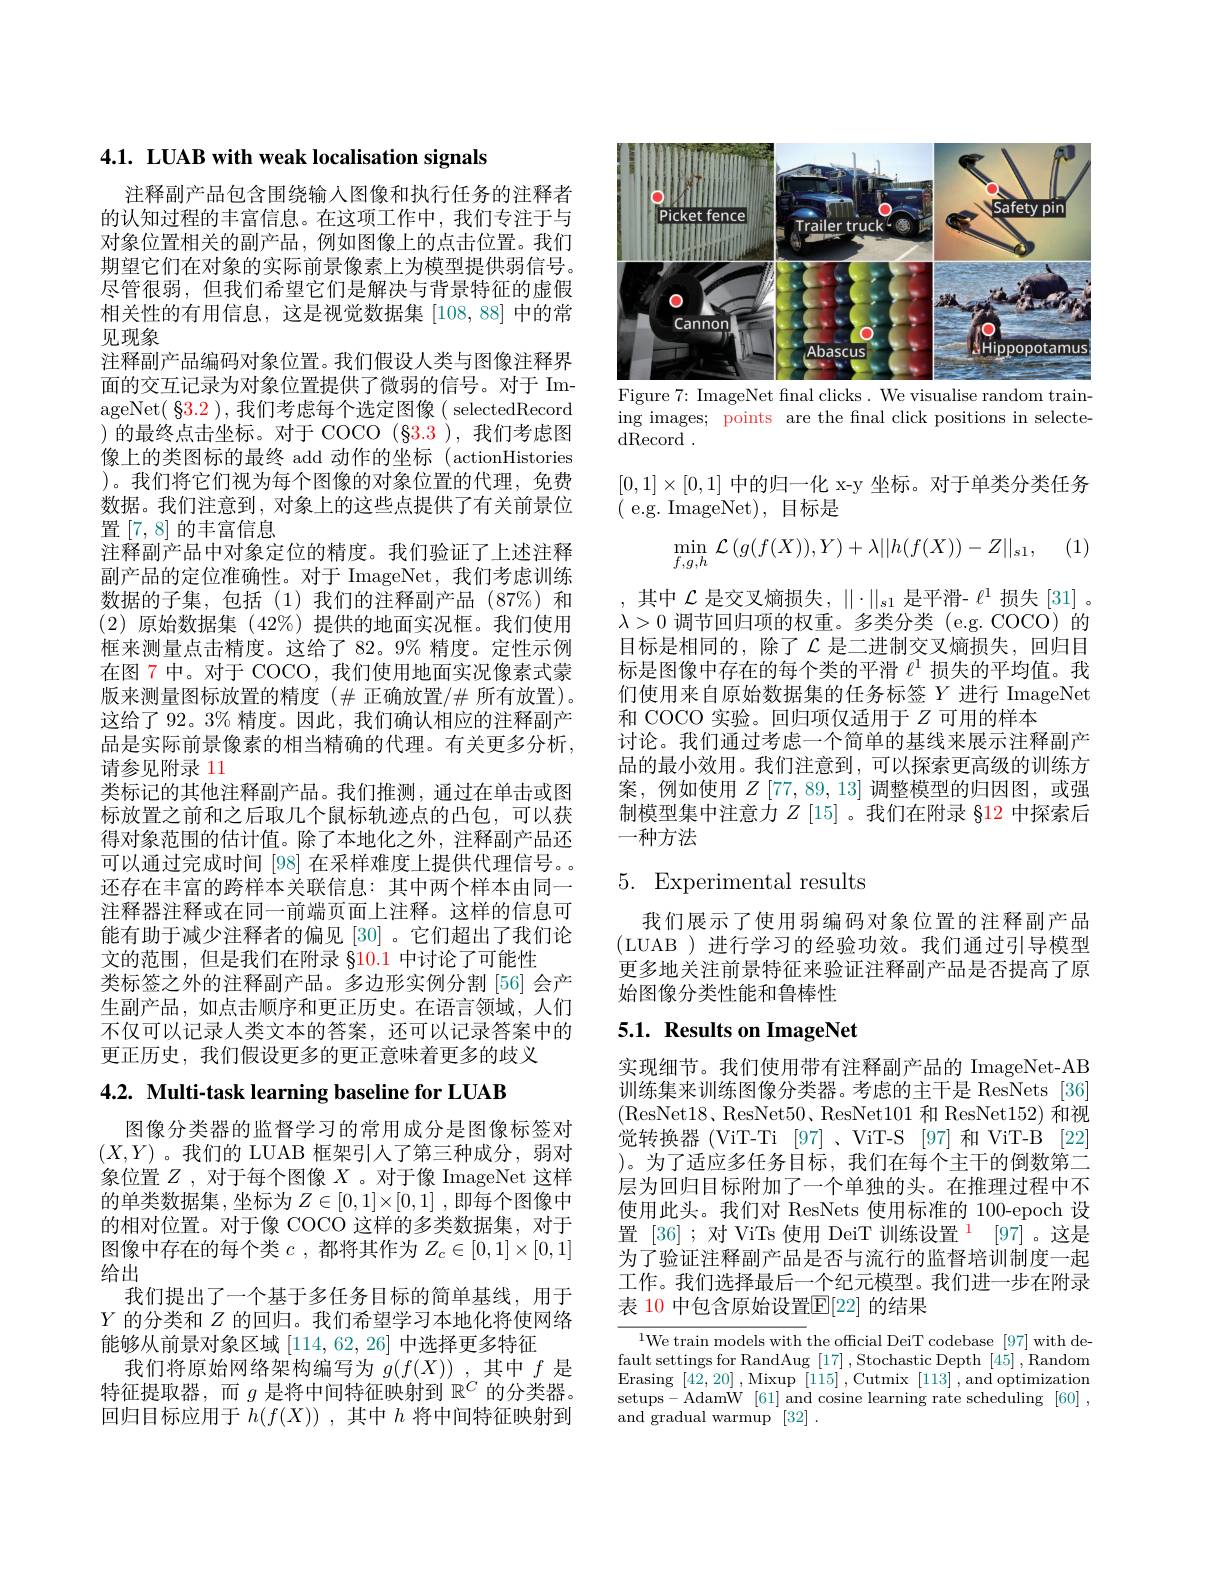
4.1. LUAB with weak localisation signals

注释副产品包含围绕输入图像和执行任务的注释者的认知过程的丰富信息。在这项工作中，我们专注于与对象位置相关的副产品，例如图像上的点击位置。我们期望它们在对象的实际前景像素上为模型提供弱信号。尽管很弱，但我们希望它们是解决与背景特征的虚假相关性的有用信息，这是视觉数据集[108,88]中的常见现象
注释副产品编码对象位置。我们假设人类与图像注释界面的交互记录为对象位置提供了微弱的信号。对于 ImageNet( $\$3.2)$,我们考虑每个选定图像( selectedRecord )的最终点击坐标。对于 COCO $(\S3.3)$,我们考虑图像上的类图标的最终 add 动作的坐标 (actionHistories )。我们将它们视为每个图像的对象位置的代理，免费数据。我们注意到，对象上的这些点提供了有关前景位置[7,8]的丰富信息
注释副产品中对象定位的精度。我们验证了上述注释副产品的定位准确性。对于 ImageNet,我们考虑训练数据的子集，包括(1)我们的注释副产品(87%)和(2)原始数据集 (42%)提供的地面实况框。我们使用框来测量点击精度。这给了 82。9% 精度。定性示例在图 7 中。对于 COCO, 我们使用地面实况像素式蒙版来测量图标放置的精度($\# 正确放置/\# 所有放置)$。这给了 92。3% 精度。因此，我们确认相应的注释副产品是实际前景像素的相当精确的代理。有关更多分析， 请参见附录 11
类标记的其他注释副产品。我们推测，通过在单击或图标放置之前和之后取几个鼠标轨迹点的凸包，可以获得对象范围的估计值。除了本地化之外，注释副产品还可以通过完成时间 [98] 在采样难度上提供代理信号。还存在丰富的跨样本关联信息：其中两个样本由同一注释器注释或在同一前端页面上注释。这样的信息可能有助于减少注释者的偏见[30]。它们超出了我们论文的范围，但是我们在附录$\S10.1$中讨论了可能性
类标签之外的注释副产品。多边形实例分割[56]会产生副产品，如点击顺序和更正历史。在语言领域，人们不仅可以记录人类文本的答案，还可以记录答案中的更正历史，我们假设更多的更正意味着更多的歧义

4.2. Multi-task learning baseline for LUAB

图像分类器的监督学习的常用成分是图像标签对$(X,Y)$ 。我们的 LUAB 框架引人了第三种成分，弱对象位置$Z$ , 对于每个图像$X$ 。对于像 ImageNet 这样的单类数据集，坐标为$Z\in[0,1]\times[0,1]$ ,即每个图像中的相对位置。对于像 COCO 这样的多类数据集，对于图像中存在的每个类$c$ ,都将其作为$Z_c\in[0,1]\times[0,1]$ 给出
我们提出了一个基于多任务目标的简单基线，用于$Y$的分类和$Z$的回归。我们希望学习本地化将使网络能够从前景对象区域 [114,62,26] 中选择更多特征
我们将原始网络架构编写为$g(f(X))$ ,其中$f$是特征提取器，而$g$是将中间特征映射到$\mathbb{R}^C$的分类器。回归目标应用于$h(f(X))$ ,其中$h$将中间特征映射到

<FigureHere>
Figure 7: ImageNet fnal clicks. We visualise random train-

ing images; points are the fnal click positions in selecte-
$\bar{\mathrm{dRecord}}$ .

$[0,1]\times[0,1]$中的归一化 x-y 坐标。对于单类分类任务
(e.g. ImageNet),目标是

(1)
$$\min\limits_{f,g,h}\mathcal{L}\left(g(f(X)),Y\right)+\lambda||h(f(X))-Z||_{s1},$$
,其中$\mathcal{L}$是交叉熵损失$,\|\cdot\|_s1$是平滑- $\ell^1$损失 [31]。$\lambda>0$调节回归项的权重。多类分类 (e.g. COCO) 的目标是相同的，除了$\mathcal{L}$ 是二进制交叉熵损失，回归目标是图像中存在的每个类的平滑$\ell^{1}$损失的平均值。我们使用来自原始数据集的任务标签$Y$进行 ImageNet 和 COCO 实验。回归项仅适用于$Z$可用的样本
讨论。我们通过考虑一个简单的基线来展示注释副产品的最小效用。我们注意到，可以探索更高级的训练方案，例如使用$Z\left[77,89,13\right]$调整模型的归因图，或强制模型集中注意力$Z$ [15]。我们在附录 §12 中探索后一种方法

## 5. Experimental results

我们展示了使用弱编码对象位置的注释副产品(LUAB )进行学习的经验功效。我们通过引导模型更多地关注前景特征来验证注释副产品是否提高了原始图像分类性能和鲁棒性

## 5.1. Results on ImageNet

实现细节。我们使用带有注释副产品的 ImageNet-AB 训练集来训练图像分类器。考虑的主干是 ResNets [36] (ResNet18、ResNet50、ResNet101 和 ResNet152) 和视觉转换器 (ViT-Ti [97]、ViT-S [97] 和 ViT-B [22] )。为了适应多任务目标，我们在每个主干的倒数第二层为回归目标附加了一个单独的头。在推理过程中不使用此头。我们对 ResNets 使用标准的 100-epoch 设置 [36] ; 对 ViTs 使用 DeiT 训练设置$^{\color{red}{1}}$ [97]。这是为了验证注释副产品是否与流行的监督培训制度一起工作。我们选择最后一个纪元模型。我们进一步在附录表 10 中包含原始设置$\mathbb{E}[22]$ 的结果

$^{1}$We train models with the official DeiT codebase [97] with default settings for RandAug [17],Stochastic Depth [45], Random Erasing [42,20] , Mixup [115] , Cutmix [113] , and optimization setups-AdamW[61] and cosine learning rate scheduling[60], and gradual warmup [32].